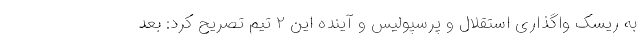
به ریسک واگذاری استقلال و پرسپولیس و آینده این ۲ تیم تصریح کرد: بعد